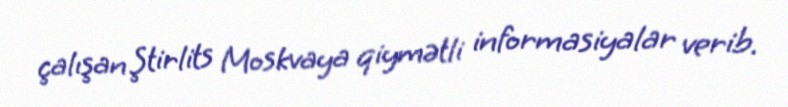
çalışan Ştirlits Moskvaya qiymətli informasiyalar verib.